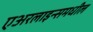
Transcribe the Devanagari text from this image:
एअरलाइन्समधील